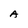
Character: A